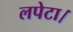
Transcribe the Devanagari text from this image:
लपेटा।